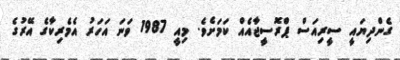
ގެންދިޔައީ ސީރިއަސް ޕްރޮސީޖާއެއް ކަމަށެވެ. މިއީ 1987 ވަނަ އަހަރު އެމެރިކާގެ އޭރުގެ